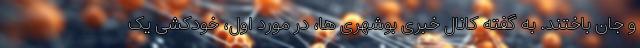
و جان باختند. به گفته کانال خبری بوشهری ها، در مورد اول، خودکشی یک